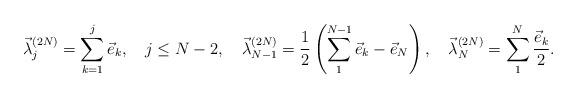
LaTeX: \begin{align*}\vec \lambda^{(2N)}_j= \sum_{k=1}^j \vec e_k,\quad j\leq N-2, \quad\vec \lambda^{(2N)}_{N-1}={1\over 2} \left (\sum_1^{N-1} \vec e_k-\vec e_N\right ),\quad \vec \lambda^{(2N)}_{N}= \sum_1^{N}{\vec e_k\over 2}.\end{align*}